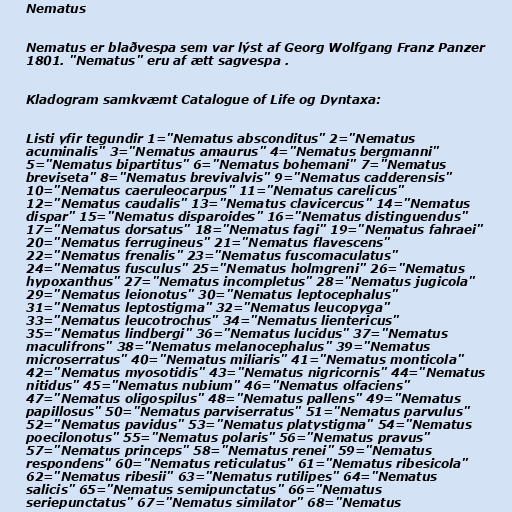
Nematus

Nematus er blaðvespa sem var lýst af Georg Wolfgang Franz Panzer
1801. "Nematus" eru af ætt sagvespa .

Kladogram samkvæmt Catalogue of Life og Dyntaxa:

Listi yfir tegundir 1="Nematus absconditus" 2="Nematus
acuminalis" 3="Nematus amaurus" 4="Nematus bergmanni"
5="Nematus bipartitus" 6="Nematus bohemani" 7="Nematus
breviseta" 8="Nematus brevivalvis" 9="Nematus cadderensis"
10="Nematus caeruleocarpus" 11="Nematus carelicus"
12="Nematus caudalis" 13="Nematus clavicercus" 14="Nematus
dispar" 15="Nematus disparoides" 16="Nematus distinguendus"
17="Nematus dorsatus" 18="Nematus fagi" 19="Nematus fahraei"
20="Nematus ferrugineus" 21="Nematus flavescens"
22="Nematus frenalis" 23="Nematus fuscomaculatus"
24="Nematus fusculus" 25="Nematus holmgreni" 26="Nematus
hypoxanthus" 27="Nematus incompletus" 28="Nematus jugicola"
29="Nematus leionotus" 30="Nematus leptocephalus"
31="Nematus leptostigma" 32="Nematus leucopyga"
33="Nematus leucotrochus" 34="Nematus lientericus"
35="Nematus lindbergi" 36="Nematus lucidus" 37="Nematus
maculifrons" 38="Nematus melanocephalus" 39="Nematus
microserratus" 40="Nematus miliaris" 41="Nematus monticola"
42="Nematus myosotidis" 43="Nematus nigricornis" 44="Nematus
nitidus" 45="Nematus nubium" 46="Nematus olfaciens"
47="Nematus oligospilus" 48="Nematus pallens" 49="Nematus
papillosus" 50="Nematus parviserratus" 51="Nematus parvulus"
52="Nematus pavidus" 53="Nematus platystigma" 54="Nematus
poecilonotus" 55="Nematus polaris" 56="Nematus pravus"
57="Nematus princeps" 58="Nematus renei" 59="Nematus
respondens" 60="Nematus reticulatus" 61="Nematus ribesicola"
62="Nematus ribesii" 63="Nematus rutilipes" 64="Nematus
salicis" 65="Nematus semipunctatus" 66="Nematus
seriepunctatus" 67="Nematus similator" 68="Nematus